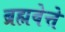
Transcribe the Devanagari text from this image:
ब्रह्मवेत्ते